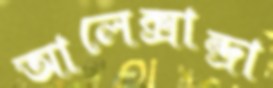
আলেক্সান্দ্রা